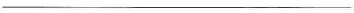
___